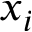
x _ { i }